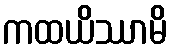
ကထယိဿာမိ